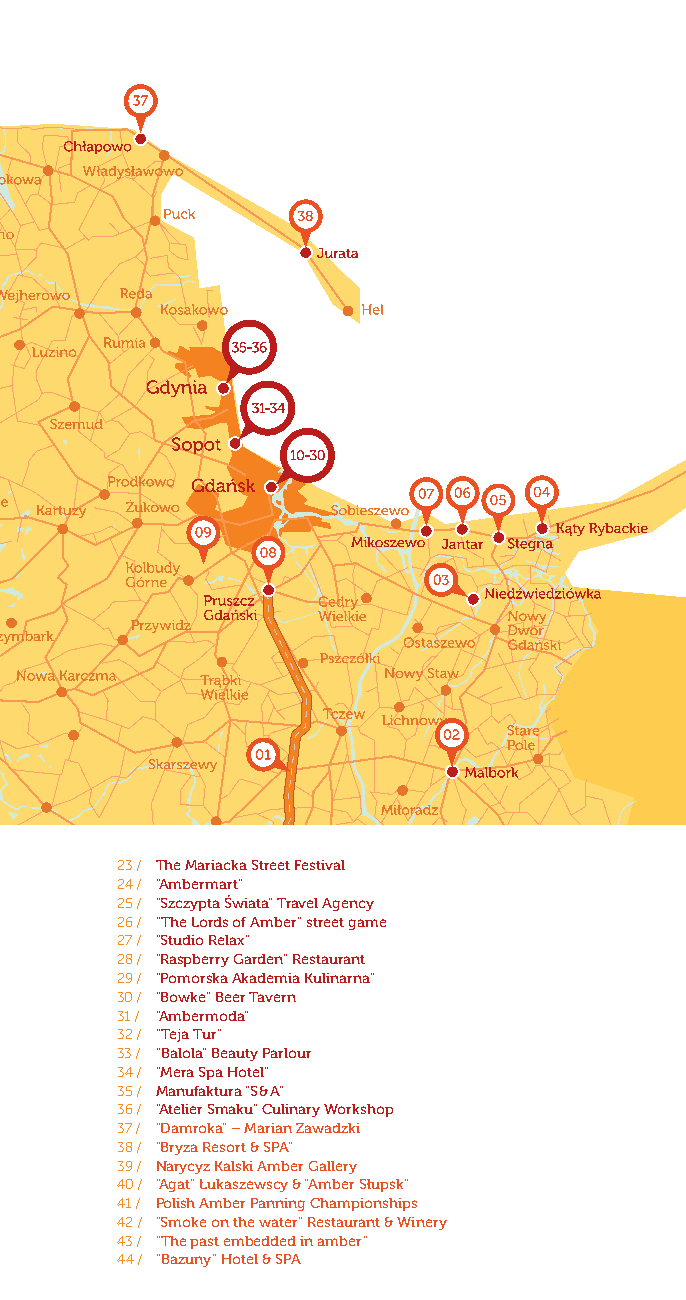
23 / The Mariacka Street Festival
 24 / “Ambermart”
 25 / “Szczypta Świata” Travel Agency
 26 / “The Lords of Amber” street game
 27 / “Studio Relax”
 28 / “Raspberry Garden” Restaurant
 29 / “Pomorska Akademia Kulinarna”
 30 / “Bowke” Beer Tavern
 31 / “Ambermoda”
 32 / “Teja Tur”
 33 / “Balola” Beauty Parlour
 34 / “Mera Spa Hotel”
 35 / Manufaktura “S & A”
 36 / “Atelier Smaku” Culinary Workshop
 37 / “Damroka” – Marian Zawadzki
 38 / “Bryza Resort & SPA”
 39 / Narycyz Kalski Amber Gallery
 40 / “Agat” Łukaszewscy & “Amber Słupsk”
 41 / Polish Amber Panning Championships
 42 / “Smoke on the water” Restaurant & Winery
 43 / “The past embedded in amber”
 44 / “Bazuny” Hotel & SPA